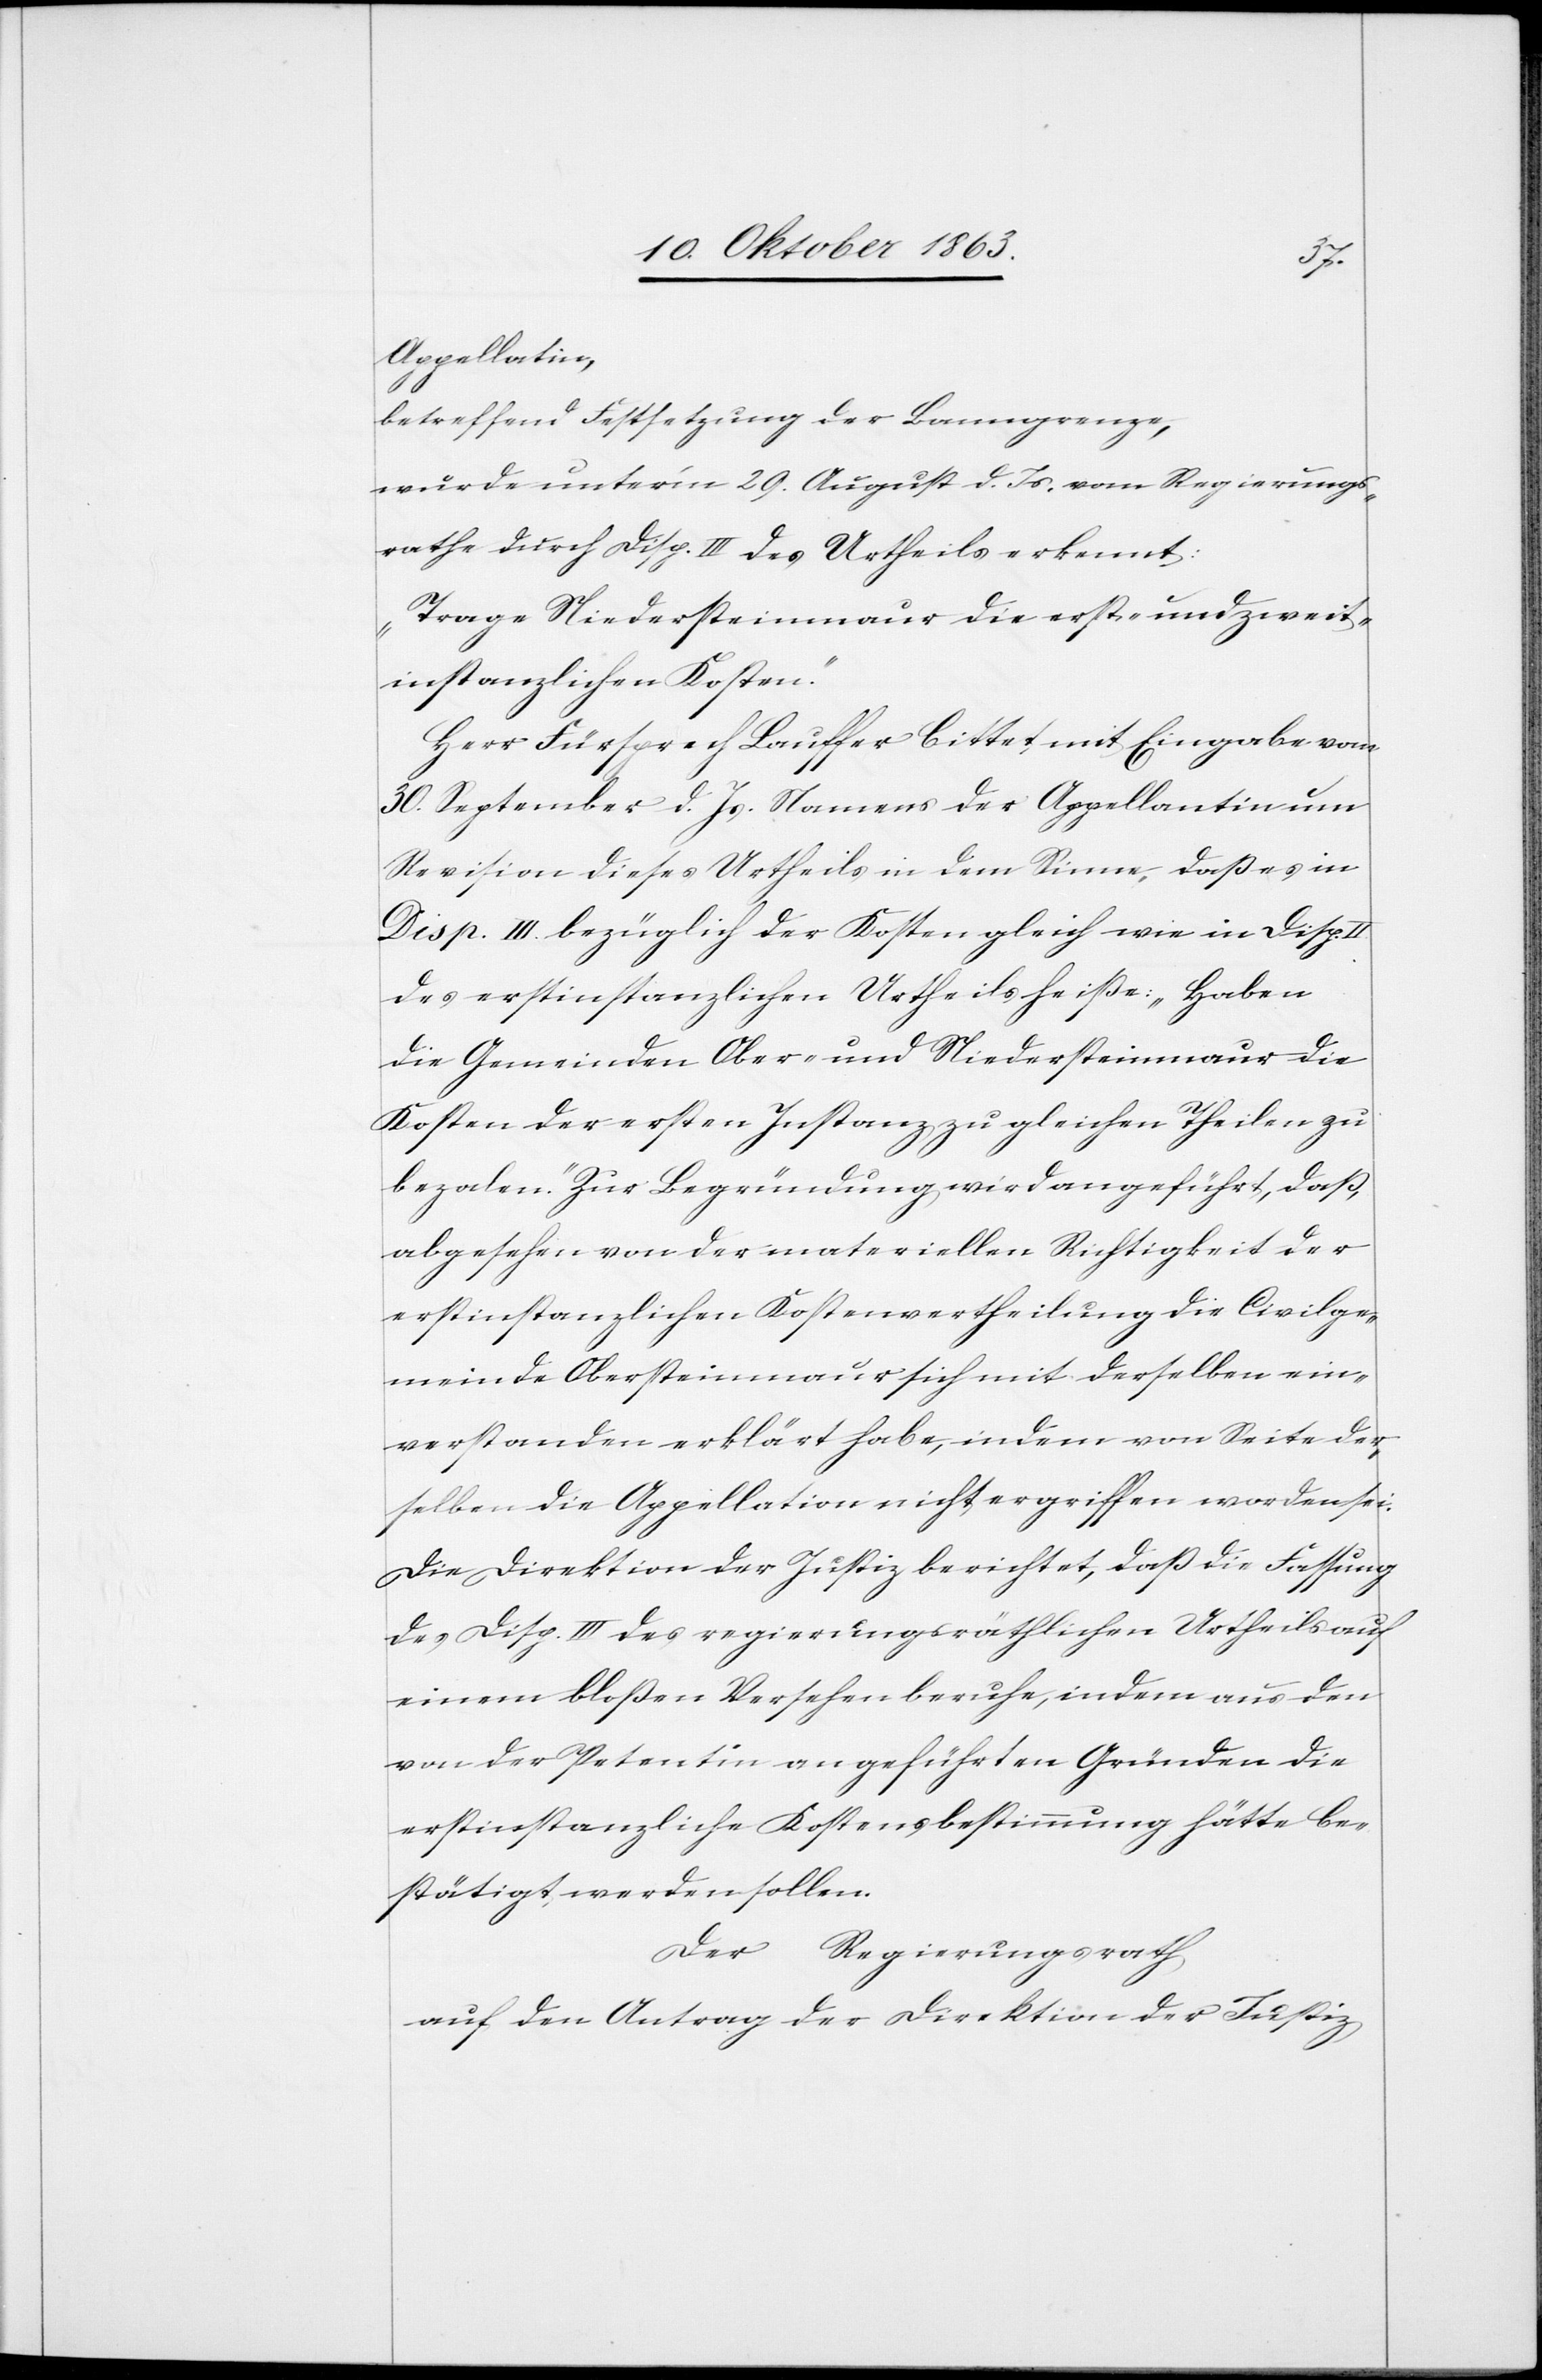
Appellatin,
betreffend Festsetzung der Banngrenze,
wurde unter'm 29. August d. Js. vom Regierungs¬
rathe durch Disp. III des Urtheils erkennt:
„Trage Niedersteinmaur die erst- und zweit¬
instanzlichen Kosten.“
Herr Fürsprech Lauffer bittet mit Eingabe vom
30. September d. Js. Namens der Appellantin um
Revision dieses Urtheils in dem Sinne, daß es in
Disp. III. bezüglich der Kosten gleich wie in Disp.
des erstinstanzlichen Urtheils heiße: „Haben
die Gemeinden Ober- und Niedersteinmaur die
Kosten der ersten Instanz zu gleichen Theilen zu
bezalen.“ Zur Begründung wird angeführt, daß,
abgesehen von der materiellen Richtigkeit der
erstinstanzlichen Kostenvertheilung die Civilge¬
meinde Obersteinmaur sich mit derselben ein¬
verstanden erklärt habe, indem von Seite der¬
selben die Appellation nicht ergriffen worden sei.
Die Direktion der Justiz berichtet, daß die Fassung
des Disp. III des regierungsräthlichen Urtheils auf
einem bloßen Versehen beruhe, indem aus den
von der Petentin angeführten Gründen die
erstinstanzliche Kostensbestimmung hätte be¬
stätigt werden sollen.
Der Regierungsrath
auf den Antrag der Direktion der Justiz